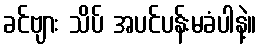
ခင်ဗျား သိပ် အပင်ပန်းမခံပါနဲ့။